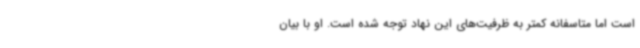
است اما متاسفانه کمتر به ظرفیت‌های این نهاد توجه شده است. او با بیان